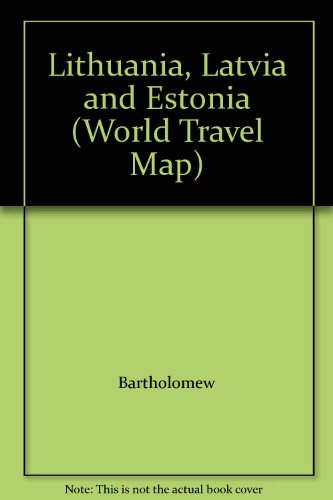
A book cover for Bartholomew Lithuania, Latvia & Estonia World Travel Map; Bartholomew; Travel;